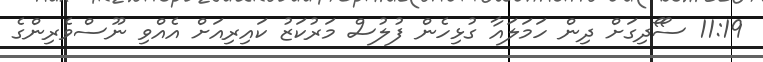
11:19 ސޯޯދިގަށް ދިން ހަމަލައާ ގުޅިހެން ފުލުސް މަރުކަޒު ކައިރިއަށް އެއްވި ނޫސްވެރިންގެ